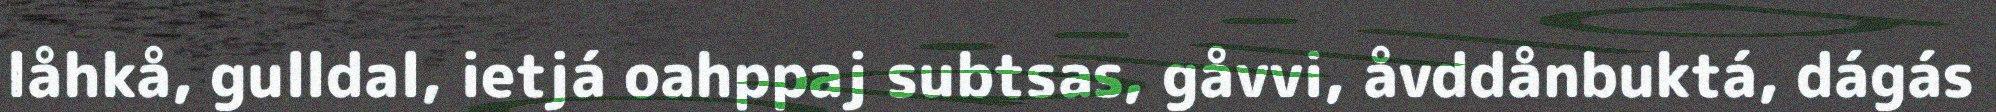
låhkå, gulldal, ietjá oahppaj subtsas, gåvvi, åvddånbuktá, dágás